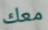
معك